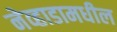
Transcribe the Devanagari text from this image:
नेव्हाडामधील